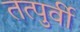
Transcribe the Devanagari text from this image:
तत्पुर्वी